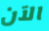
الآن